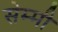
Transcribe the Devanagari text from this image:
सेम्मी